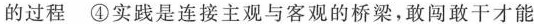
的过程 ④实践是连接主观与客观的桥梁，敢闯敢干才能